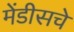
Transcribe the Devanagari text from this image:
मेंडीसचे